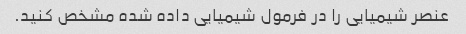
عنصر شیمیایی را در فرمول شیمیایی داده شده مشخص کنید.